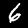
Label: 6